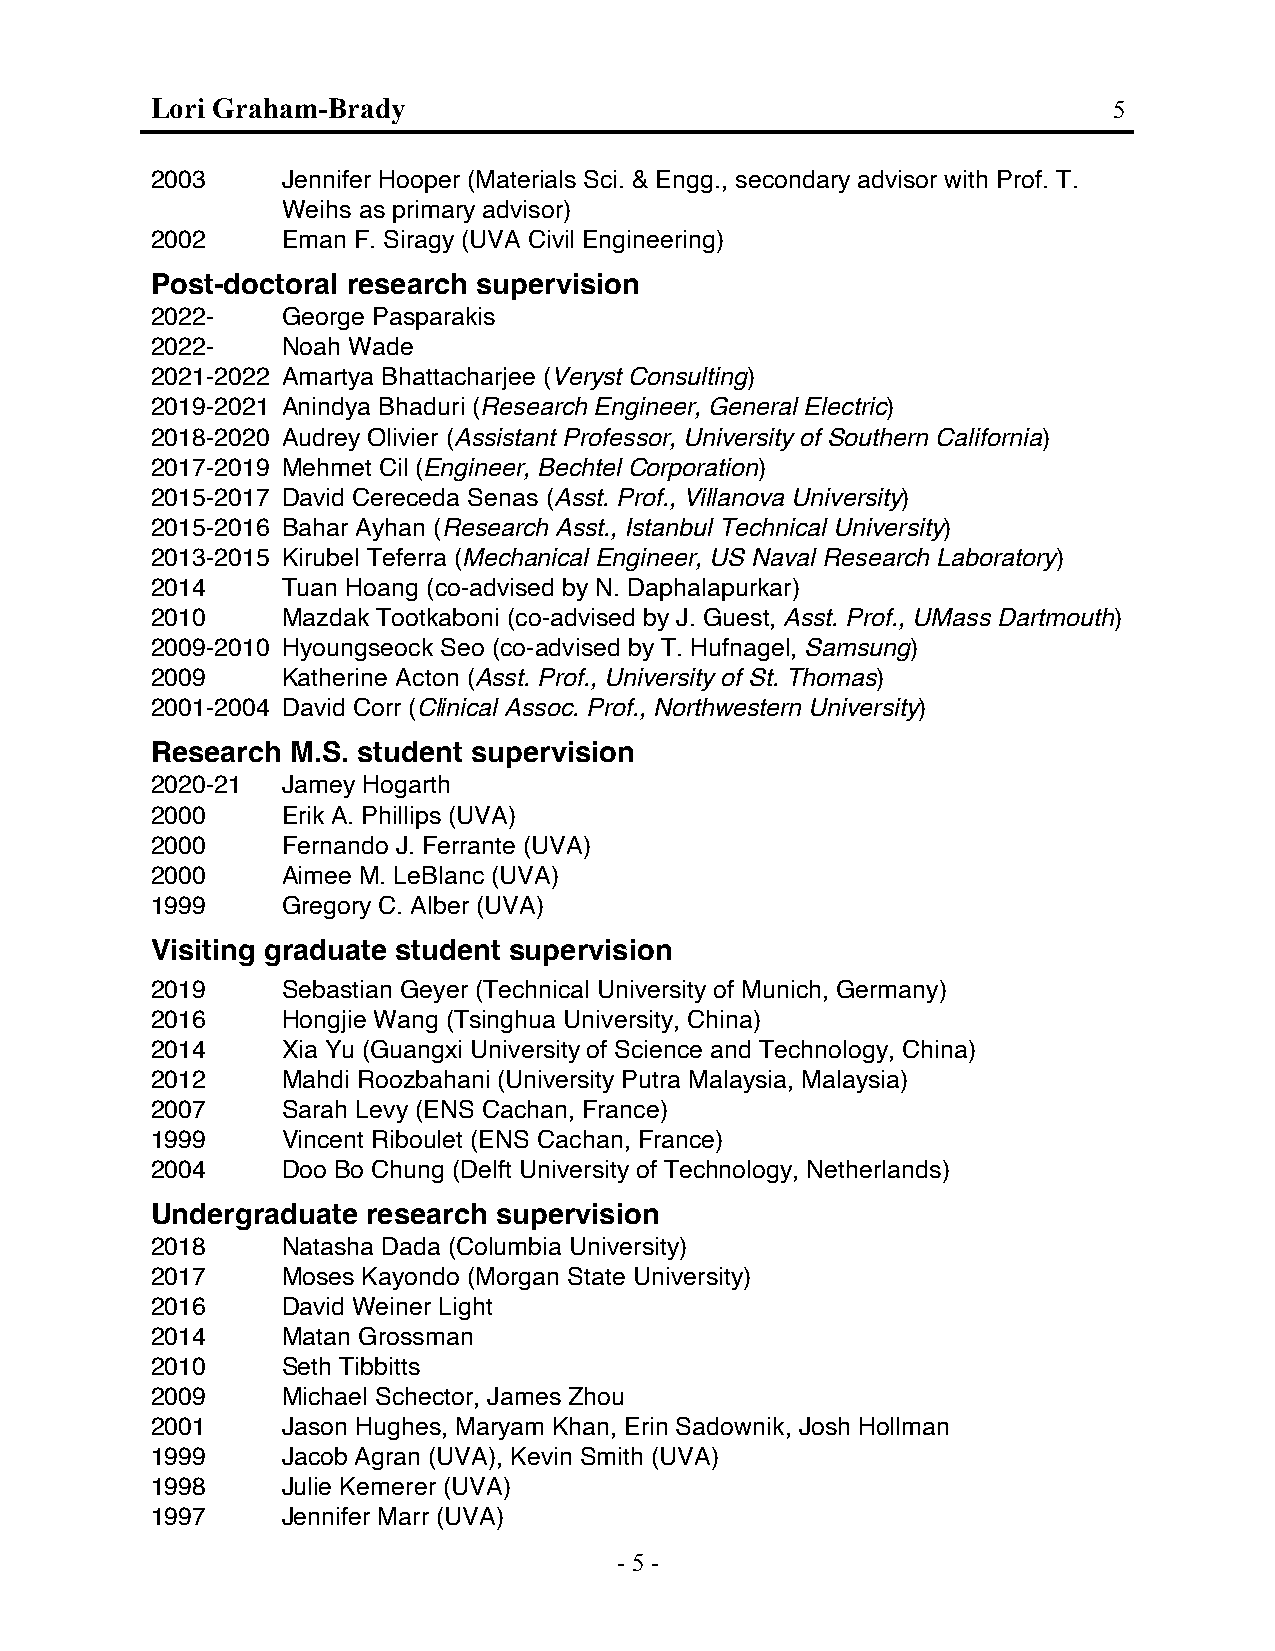
Lori Graham-Brady                                               5
 2003     Jennifer Hooper (Materials Sci. & Engg., secondary advisor with Prof. T.
 Weihs as primary advisor)
 2002     Eman F. Siragy (UVA Civil Engineering)
 Post-doctoral research supervision
 2022-    George Pasparakis
 2022-    Noah Wade
 2021-2022 Amartya Bhattacharjee (Veryst Consulting)
 2019-2021 Anindya Bhaduri (Research Engineer, General Electric)
 2018-2020 Audrey Olivier (Assistant Professor, University of Southern California)
 2017-2019 Mehmet Cil (Engineer, Bechtel Corporation)
 2015-2017 David Cereceda Senas (Asst. Prof., Villanova University)
 2015-2016 Bahar Ayhan (Research Asst., Istanbul Technical University)
 2013-2015 Kirubel Teferra (Mechanical Engineer, US Naval Research Laboratory)
 2014     Tuan Hoang (co-advised by N. Daphalapurkar)
 2010     Mazdak Tootkaboni (co-advised by J. Guest, Asst. Prof., UMass Dartmouth)
 2009-2010 Hyoungseock Seo (co-advised by T. Hufnagel, Samsung)
 2009     Katherine Acton (Asst. Prof., University of St. Thomas)
 2001-2004 David Corr (Clinical Assoc. Prof., Northwestern University)
 Research M.S. student supervision
 2020-21  Jamey Hogarth
 2000     Erik A. Phillips (UVA)
 2000     Fernando J. Ferrante (UVA)
 2000     Aimee M. LeBlanc (UVA)
 1999     Gregory C. Alber (UVA)
 Visiting graduate student supervision
 2019     Sebastian Geyer (Technical University of Munich, Germany)
 2016     Hongjie Wang (Tsinghua University, China)
 2014     Xia Yu (Guangxi University of Science and Technology, China)
 2012     Mahdi Roozbahani (University Putra Malaysia, Malaysia)
 2007     Sarah Levy (ENS Cachan, France)
 1999     Vincent Riboulet (ENS Cachan, France)
 2004     Doo Bo Chung (Delft University of Technology, Netherlands)
 Undergraduate research supervision
 2018     Natasha Dada (Columbia University)
 2017     Moses Kayondo (Morgan State University)
 2016     David Weiner Light
 2014     Matan Grossman
 2010     Seth Tibbitts
 2009     Michael Schector, James Zhou
 2001     Jason Hughes, Maryam Khan, Erin Sadownik, Josh Hollman
 1999     Jacob Agran (UVA), Kevin Smith (UVA)
 1998     Julie Kemerer (UVA)
 1997     Jennifer Marr (UVA)
 - 5 -